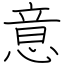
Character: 意